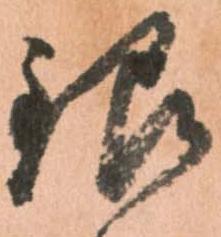
銀